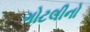
ગોટલીનો